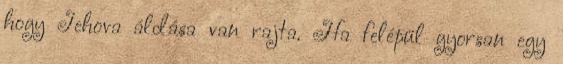
hogy Jehova áldása van rajta. Ha felépül gyorsan egy